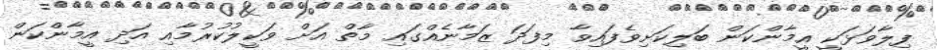
ފިލާވަޅަކީ އީމާންކަން ބަލިކަށިވެފައިވާ މިފަދަ ޒަމާނެއްގައި މާތް އަށް ވަކީލުކުރުމާއި އަދި އީމާންކަން